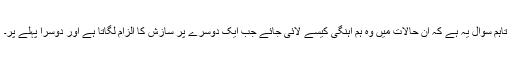
تاہم سوال یہ ہے کہ ان حالات میں وہ ہم آہنگی کیسے لائی جائے جب ایک دوسرے پر سازش کا الزام لگاتا ہے اور دوسرا پہلے پر۔